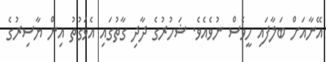
އޭނާއަށް ބަލާފައި ހީވެސް ނުވެއެވެ. ޝަހުރުގެ ދާދި ގާތުގައި އެވަގުތު އިން ޔާސިރުގެ